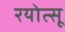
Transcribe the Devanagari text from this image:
रयोत्सू